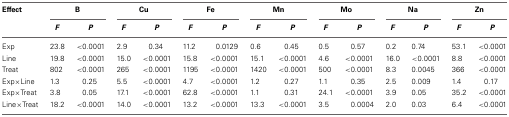
<table><thead><tr><td><b>Effect</b></td><td colspan="2"><b>B</b></td><td colspan="2"><b>Cu</b></td><td colspan="2"><b>Fe</b></td><td colspan="2"><b>Mn</b></td><td colspan="2"><b>Mo</b></td><td colspan="2"><b>Na</b></td><td colspan="2"><b>Zn</b></td></tr><tr><td></td><td><b><i>F</i></b></td><td><b><i>P</i></b></td><td><b><i>F</i></b></td><td><b><i>P</i></b></td><td><b><i>F</i></b></td><td><b><i>P</i></b></td><td><b><i>F</i></b></td><td><b><i>P</i></b></td><td><b><i>F</i></b></td><td><b><i>P</i></b></td><td><b><i>F</i></b></td><td><b><i>P</i></b></td><td><b><i>F</i></b></td><td><b><i>P</i></b></td></tr></thead><tbody><tr><td>Exp</td><td>23.8</td><td>&lt;0.0001</td><td>2.9</td><td>0.34</td><td>11.2</td><td>0.0129</td><td>0.6</td><td>0.45</td><td>0.5</td><td>0.57</td><td>0.2</td><td>0.74</td><td>53.1</td><td>&lt;0.0001</td></tr><tr><td>Line</td><td>19.8</td><td>&lt;0.0001</td><td>15.0</td><td>&lt;0.0001</td><td>15.8</td><td>&lt;0.0001</td><td>15.1</td><td>&lt;0.0001</td><td>4.6</td><td>&lt;0.0001</td><td>16.0</td><td>&lt;0.0001</td><td>8.8</td><td>&lt;0.0001</td></tr><tr><td>Treat</td><td>802</td><td>&lt;0.0001</td><td>265</td><td>&lt;0.0001</td><td>1195</td><td>&lt;0.0001</td><td>1420</td><td>&lt;0.0001</td><td>500</td><td>&lt;0.0001</td><td>8.3</td><td>0.0045</td><td>366</td><td>&lt;0.0001</td></tr><tr><td>Exp×Line</td><td>1.3</td><td>0.25</td><td>5.5</td><td>&lt;0.0001</td><td>4.7</td><td>&lt;0.0001</td><td>1.2</td><td>0.27</td><td>1.1</td><td>0.35</td><td>2.5</td><td>0.009</td><td>1.4</td><td>0.17</td></tr><tr><td>Exp×Treat</td><td>3.8</td><td>0.05</td><td>17.1</td><td>&lt;0.0001</td><td>62.8</td><td>&lt;0.0001</td><td>1.1</td><td>0.31</td><td>24.1</td><td>&lt;0.0001</td><td>3.9</td><td>0.05</td><td>35.2</td><td>&lt;0.0001</td></tr><tr><td>Line×Treat</td><td>18.2</td><td>&lt;0.0001</td><td>14.0</td><td>&lt;0.0001</td><td>13.2</td><td>&lt;0.0001</td><td>13.3</td><td>&lt;0.0001</td><td>3.5</td><td>0.0004</td><td>2.0</td><td>0.03</td><td>6.4</td><td>&lt;0.0001</td></tr></tbody></table>